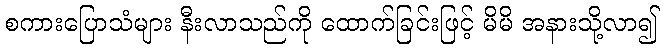
စကားပြောသံများ နီးလာသည်ကို ထောက်ခြင်းဖြင့် မိမိ အနားသို့လာ၍